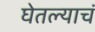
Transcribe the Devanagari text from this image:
घेतल्याचं